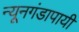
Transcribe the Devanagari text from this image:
न्यूनगंडापायी